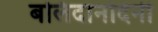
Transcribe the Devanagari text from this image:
बलिदानदिनी